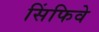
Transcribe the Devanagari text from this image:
सिंफिवे